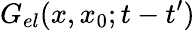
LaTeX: G_{el}(x,x_{0};t-t^{\prime})